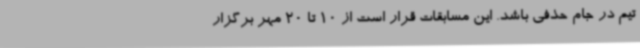
تیم در جام حذفی باشد. این مسابقات قرار است از 10 تا 20 مهر برگزار